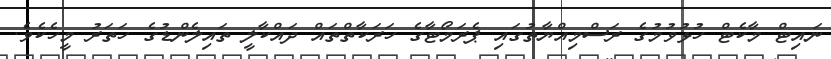
ނައިޓް މާކެޓް ހުޅުވުމުގެ ރަސްމިއްޔާތުގައި ޕެރަމޯޓާގެ ހަރަކާތްތައް ދައްކާލީ ތައިލެންޑުގެ ހަތަރު މީހެކެވެ.